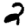
Digit: 2